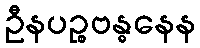
ဦနပဉ္စဗန္ဓနေန